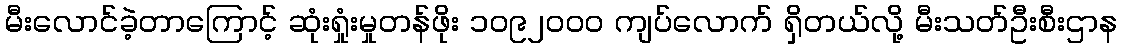
မီးလောင်ခဲ့တာကြောင့် ဆုံးရှုံးမှုတန်ဖိုး ၁၀၉၂၀၀၀ ကျပ်လောက် ရှိတယ်လို့ မီးသတ်ဦးစီးဌာန